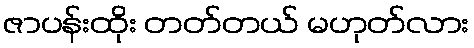
ဇာပန်းထိုး တတ်တယ် မဟုတ်လား